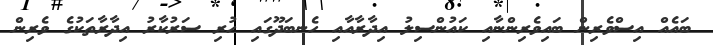
ބައެއް އިސްވެރިން ބައިވެރިންނާއި ކައުންސިލު އިދާރާއާއި ހެނބަދޫގައި ހުރި ސަރުކާރު އިދާރާތަކުގެ ވެރިން